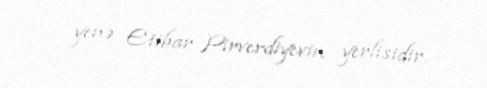
yenə Etibar Pirverdiyevin yerlisidir.